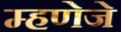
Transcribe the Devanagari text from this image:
म्हणेजे